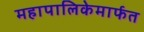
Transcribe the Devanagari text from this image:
महापालिकेमार्फत